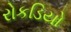
રોકડિયો